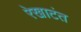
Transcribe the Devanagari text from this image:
रेखाटंत